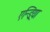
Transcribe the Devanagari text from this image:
एन्ड्रिया